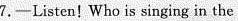
7.---Listen! Who is singing in the